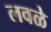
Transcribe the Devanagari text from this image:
लवळे